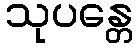
သုပန္တေ